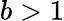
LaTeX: b>1